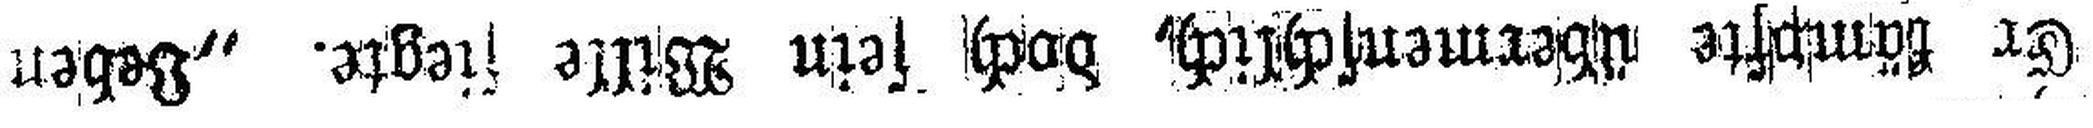
Er kämpfte übermenschlich, doch sein Wille siegte. „Leben